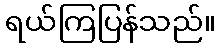
ရယ်ကြပြန်သည်။